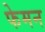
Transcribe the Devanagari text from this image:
फेमन